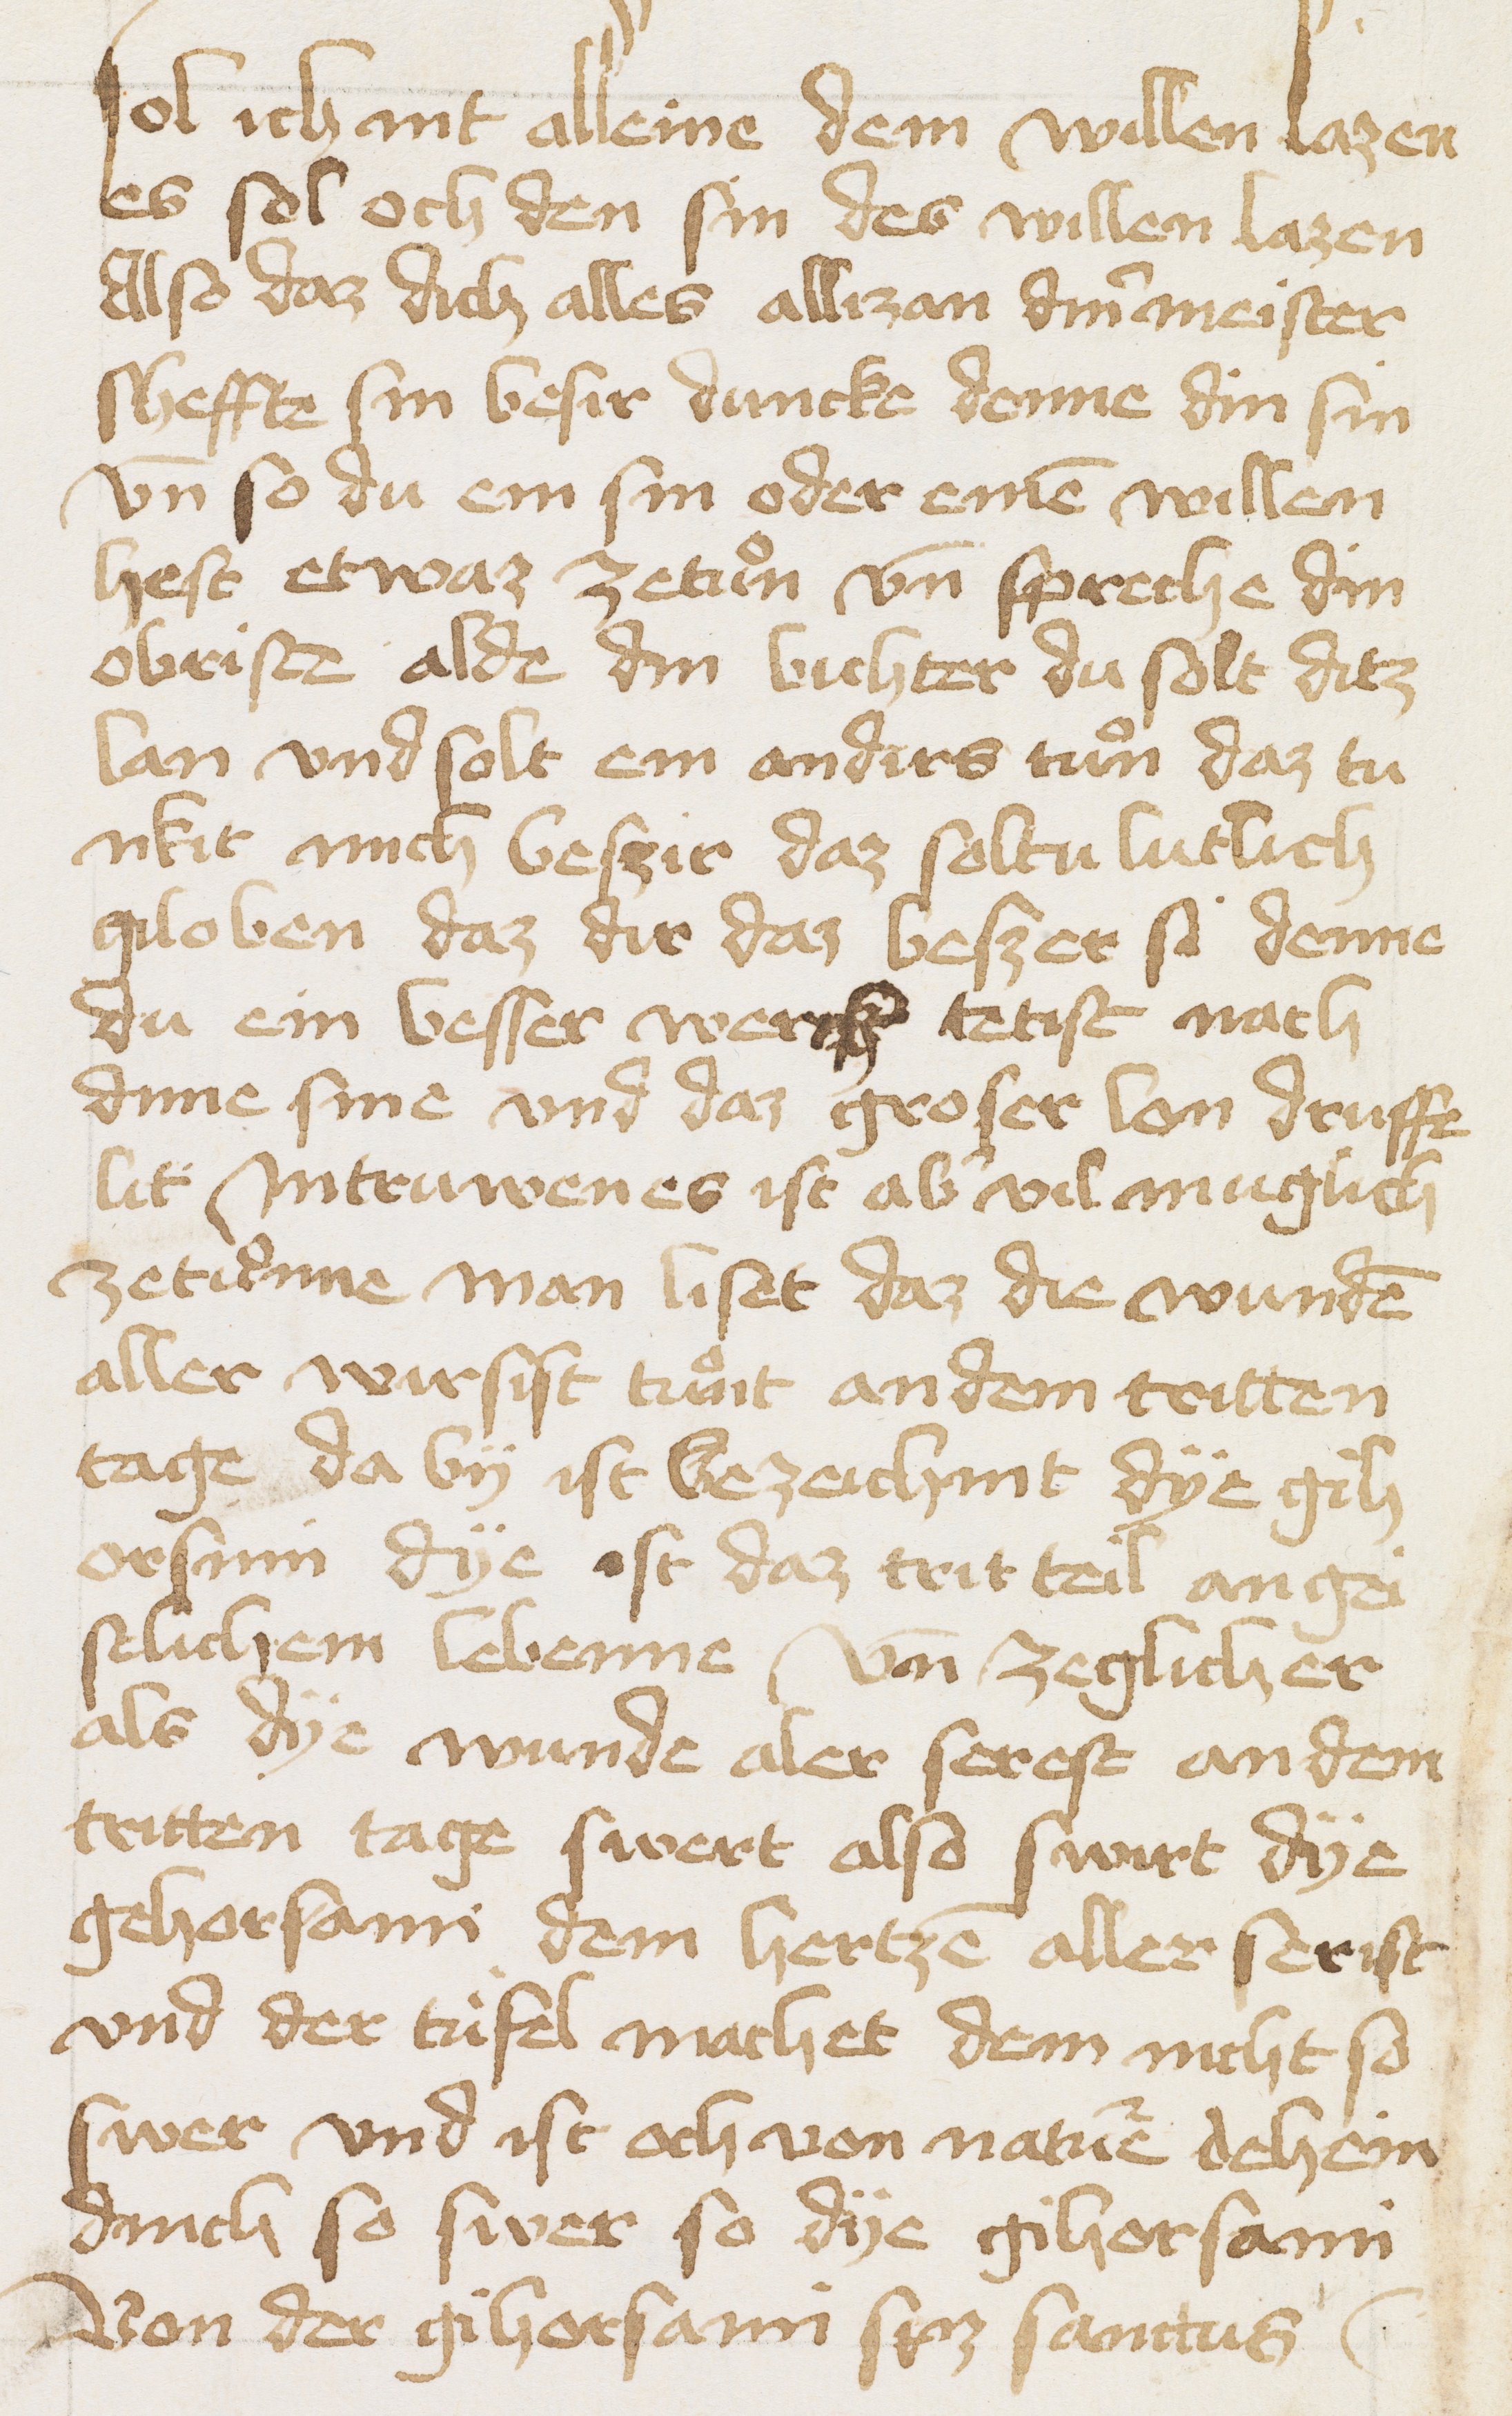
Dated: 1456–1456